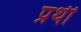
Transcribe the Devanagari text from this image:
प्रथी